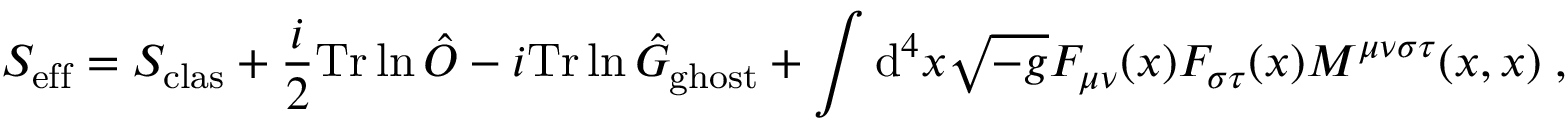
S _ { \mathrm { e f f } } = S _ { \mathrm { c l a s } } + \frac { i } { 2 } { \mathrm { T r } } \ln \hat { O } - i { \mathrm { T r } } \ln \hat { G } _ { \mathrm { g h o s t } } + \int \mathrm { d } ^ { 4 } x \sqrt { - g } F _ { \mu \nu } ( x ) F _ { \sigma \tau } ( x ) M ^ { \mu \nu \sigma \tau } ( x , x ) \; ,